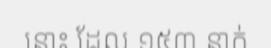
នោះ ដែល ១៥៣ នាក់